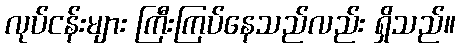
လုပ်ငန်းများ ကြီးကြပ်နေသည်လည်း ရှိသည်။